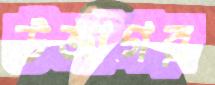
উজাগর